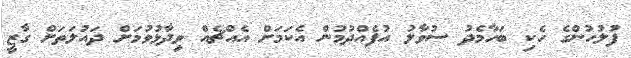
ފުލުހުންގެ ހެކި ބަހާމެދު ސުވާލު އުފެއްދުމުން އެކަމަށް އެއްޗެއް ވިދާޅުވުމަށް ދައުލަތަށް ގާޒީ